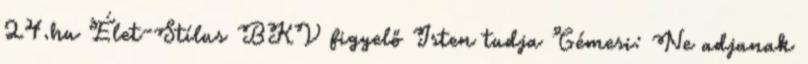
24.hu Élet-Stílus BKV figyelő Isten tudja Gémesi: Ne adjanak